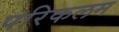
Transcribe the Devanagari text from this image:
परिकलम